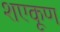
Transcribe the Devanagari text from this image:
शएकूण